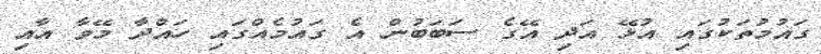
ގައުމުތަކުގައި އުޅޭ އަދި އޭގެ ސަބަބުން އެ ގައުމެއްގައި ހައްދާ މޭވާ އާއި